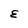
Character: E